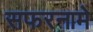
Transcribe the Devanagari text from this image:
सफरनामे